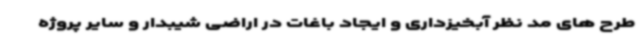
طرح های مد نظر آبخیزداری و ایجاد باغات در اراضی شیبدار و سایر پروژه